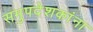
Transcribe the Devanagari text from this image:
समुपदेशकांना